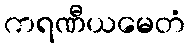
ကရဏီယမေတံ